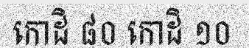
កោដិ ៨០ កោដិ ១០